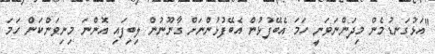
"އަޅުގަނޑުމެން މިދަންނަވަނީ ހަމަ އެބޭފުޅުން އެބޭފުޅުންނަށް ގާނޫނުން ލިބިފައި އޮންނަ މިނިވަންކަން ހަމަ